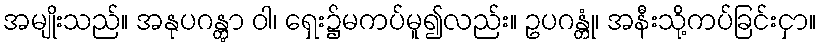
အမျိုးသည်။ အနုပဂန္တွာ ဝါ၊ ရှေး၌မကပ်မူ၍လည်း။ ဥပဂန္တုံ၊ အနီးသို့ကပ်ခြင်းငှာ။